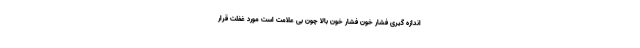
اندازه گیری فشار خون فشار خون بالا چون بی علامت است مورد غفلت قرار